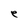
Character: e